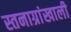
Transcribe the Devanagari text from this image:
स्तनाग्रांखाली